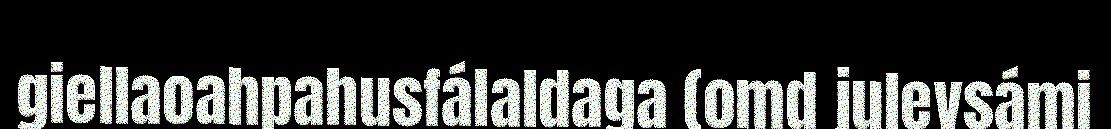
giellaoahpahusfálaldaga (omd julevsámi